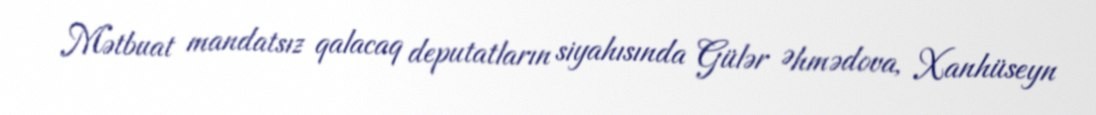
Mətbuat mandatsız qalacaq deputatların siyahısında Gülər Əhmədova, Xanhüseyn